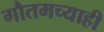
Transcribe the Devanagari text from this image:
गौतमच्याही